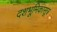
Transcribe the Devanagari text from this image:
दशभूमिकासूत्र